Calcutta medical institutions reports 1871-78
Year: 1871
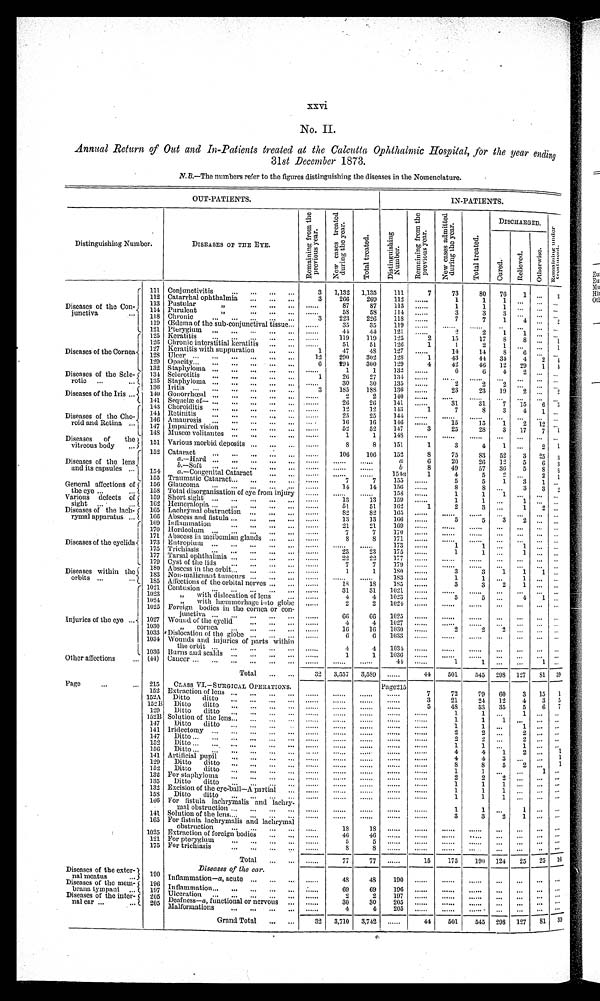
xxvi
No. II.
Annual Return of Out and In-Patients treated at the Calcutta Ophthalmic Hospital, for the year ending
31st
December 1873.
N B —The numbers refer to the fi g ures distinguishing the diseases in the Nomenclature.
OUT-PATIENTS.
IN-PATIENTS.
Distinguishing Number.
DISEASES OF THE EYE.
R e m a i n i n g f r o m t h e p r e v i o u s y e a r .
N e w c a s e s t r e a t e d d u r i n g t h e y e a r .
T o t a l t r e a t e d
D i s t i n g u i s h i n g N u m b e r .
R e m a i n i n g f r o m t h e p r e v i o u s Y e a r .
N e w c a s e s a d m i t t e d d u r i n g t h e y e a r .
T o t a l t r e a t e d .
DISCHARGED.
R e m a i n i n g u n d e r t r e a t m e n t .
C u r e d .
R e l i e v e d .
O t h e r w i s e .
Diseases of the Con-
junctiva
111
Conjunctivitis
3
1,132 1,135
111
7
73
80
76
1
. . .
3
112 catarrhal ophthalmia
3
266
269
1 1 2
......
1
1
1
. . .
. . . ...
113 Pustular "
. . . . . .
8 7
87
1 1 3 ......
1
1
1
. . .
. . . ...
114 Purulent "
. . . . . .
58
58
114
......
3
3
3
. . .
. . . ...
118 Chronic
3
223
226
118
......
7
7
1
4 ...
2
119 Œdema of the sub conjunctival tissue
......
35
35
119
. . . . . .
. . . . . .
. . . . . .
. . .
. . . ...
...
121 Pterygium
......
44
44
121
. . . . . .
2
2
1
1 ...
...
Diseases of the Cornea
125 Keratitis
......
119
119
125
2
1 5
1 7
8
8
. . .
1
126 Chronic interstitial keratitis
......
51
51
1 2 6
1
1
2
1 ...
. . .
1
127 Keratitis with suppuration
1
47
48
127
......
1 4
1 4
8
6
. . .
...
128 ulcer
12
290
302
128
1
4 3
4 4
3 4
4
2
4
129 Opacity
6
294
300
129
4
4 2
4 6
1 2
2 9
1
4
132 Staphyloma
......
1
1
132
......
6
6
4
2
. . .
...
Diseases of the Scle-
rotic
134 Sclerotitis
1
26
27
134
. . . . . .
. . . . . .
. . . . . .
. . .
. . .
. . .
...
135 Staphyloma
......
30
30
135
......
2
2
2
. . . .
. . .
...
Diseases of the Iris
136
I r i t i s
3
185
1 8 8
1 3 6
......
23
23
19
2 ...
2
140 Gohorrhœal
......
2
2
1 4 0
. . . . . .
. . . . . .
. . . . . .
. . .
. . .
. . .
. . .
141 Sequelæ of— ......
26
26
141
......
31
31
7
15
6 3
Diseases of the Cho-
roid and Retina
143 Choroiditis
......
12
12
1 4 3
1
7
8
3
4
1 ...
144 Retinitis
......
25
25
144
. . . . . .
. . . . . .
. . . . . .
. . .
. . .
. . . ...
146 Amaurosis
. . . . . .
16
16
146
......
15
15
1
2
12 ...
147 Impaired vision
......
52
52
147
3
25
28
3
17
7 1
148 Muscœ volitantes
......
1
1
148
. . . . . .
. . . . . .
. . . . . . ...
. . .
... ...
Diseases
of
the
vitreous body
151 Various morbid deposits
......
8
8
151
1
3
4
1
...
2
1
152 Cataract
......
106
106
152
8
75
83
52
3
25
3
Diseases of the lens
and its capsules
a.—Hard
. . . . . .
. . . . . .
. . . . . .
a
6
20
26
12
5
6
3
b.—Soft
. . . . . .
. . . . . .
. . . . . .
b
8
4 9
5 7
3 6
5
8 8
154
a.—Congenital Cataract
. . . . . .
. . . . . .
. . . . . .
1 5 4 a
1
4
5
2 ...
2 1
155 Traumatic Cataract
......
7
7
155
......
5
5
1
3
1 ...
General affections of
the eye
156 Glaucoma
......
14
14
156
......
8
8
. . .
3
3 2
158 Total disorganisation of eye from injury
. . . . . .
. . . . . .
. . . . . .
158 ......
1
1
1 ...
... ...
Various defects of
sight
159 Short sight
......
13
13
159
. . . . . .
1
1
. . .
1
. . .
...
162
H e m e r a l o p i a ......
51
51
162
1
2
3
. . .
1
2 ...
Diseases of the lach-
rymal apparatus
165 Lachrymal obstruction.
. . . . . .
8 2
8 2
1 6 5
. . . . . .
. . . . . .
. . . . . .
. . .
. . .
. . .
. . .
166 Abscess and fistula
......
13
13
166
......
5
5
3
2
. . .
...
Diseases of the eyelids
169 Inflammation
......
21
2 1
169
. . . . . .
. . . . . .
. . . . . .
. . .
...
. . .
...
170 Hordeolum
......
7 7
170
. . . . . .
. . . . . .
. . . . . .
. . .
. . .
. . .
...
171 Abscess in meibomian glands
......
8 8
171
. . . . . .
. . . . . .
. . . . . .
. . .
. . .
. . .
...
173 Entropium
. . . . . .
. . . . . .
. . . . . .
173
......
1
1
. . .
1
. . .
...
175 Trichiasis
......
23
23
175
......
1
1
. . .
1
. . .
...
177 Tarsal ophthalmia
......
22
22
177
. . . . . .
. . . . . .
. . . . . .
. . .
. . .
. . .
...
179 Cyst of the lids
......
7
7
179
. . . . . .
. . . . . .
. . . . . .
. . .
. . .
. . .
...
Diseases within the
orbits
180 Abscess in the orbit
. . . . . .
1
1
180
......
3
3 1
1
1
. . .
183 Non-malignant tumours
. . . . . .
. . . . . .
. . . . . .
183 ......
1
1
. . .
1
...
...
185 Affections of the orbital nerves
......
18
18
185
. . . . . .
3 3
2
1
. . .
...
Injuries of the eye
1021 Contusion
......
31
31
1021
. . . . . .
. . . . . .
. . . . . .
. . .
...
. . .
. . .
1023
"
with dislocation of lens
......
4 4
1023
. . . . . .
5 5
. . .
4
1
...
1024
„
with
h æ m m o r h a g e i n t o g l o b e
......
2 2
1 0 2 4
. . . . . .
. . . . . .
. . . . . .
. . .
. . .
. . .
. . .
1025
F o r e i g n b o d i e s i n t h e c o r n e a o r c o n -
j u n c t i v a
.
......
6 6
66
1025
. . . . . .
. . . . . .
. . . . . .
. . .
. . .
. . .
...
1027 Wound of the eyelid
......
4 4
1027
. . . . . .
. . . . . ..
. . . . .
. . .
. . .
. . .
. . .
1030
„
cornea
......
1 6
16
1030
. . . . . .
2
2
2
. . .
. . .
...
1033 Dislocation of the globe
......
6 6
1033
. . . . . .
. . . . . .
. . . . . .
. . .
. . .
. . .
...
1034 Wounds and injuries of parts within
the orbit
. . . . . .
4 4
1034
. . . . . .
. . . . . .
. . . . . .
. . .
. . .
. . .
...
1036 Burns and scalds
......
1 1
1036
. . . . . .
. . . . . .
. . . . . .
. . .
. . .
. . .
...
Other affections
(44) Cancer
. . . . . .
. . . . . .
. . . . . .
44
. . . . . .
1 1
...
. . .
1 ...
Total
32
3,557
3,589
......
44
501
545
298
127
8 1
39
Page
215
CLASS VI.—SURGICAL OPERATIONS.
Page215
152 Extraction of lens
. . . . . .
. . . . . .
. . . . . .
......
7 72
7 9
6 0
3
15
1
152A
Ditto
ditto
. . . . . .
. . . . . .
. . . . . .
. . . . . .
3
2 1
2 4
12
4
3
5
152B
Ditto
ditto
. . . . . .
. . . . . .
. . . . . .
. . . . . .
5 48
5 3
35
5
6
7
129
Ditto
ditto
. . . . . .
. . . . . .
. . . . . .
. . . . . .
. . . . . .
1 1
...
1
...
...
152B Solution of the lens
. . . . . .
. . . . . .
. . . . . .
. . . . . .
. . . . . .
1
1
1
. . .
...
...
147
Ditto
ditto
. . . . . .
. . . . . .
. . . . . .
. . . . . .
. . . . .
1 1
...
1 ... ...
141 Iridectomy
. . . . . .
. . . . . .
. . . . . .
. . . . . .
. . . . . .
2 2
. . .
2 ...
...
147
Ditto
. . . . . .
. . . . . .
. . . . . .
. . . . . .
. . . . . .
2 2
. . .
2 ...
...
152
Ditto
. . . . . .
. . . . . .
. . . . . .
. . . . .
. . . . . .
1 1
. . .
1 ...
. . .
156
Ditto
. . . . . .
. . . . . .
. . . . . .
. . . . .
. . . . . .
4 4
1
2
. . .
1
141 Artificial pupil
. . . . . .
. . . . . .
. . . . . .
. . . . . .
. . . . . .
4 4
3
...
...
1
129
Ditto ditto
. . . . . .
. . . . . .
. . . . . .
. . . . . .
. . . . . .
8
8
5 2
...
1
152
Ditto
ditto
......
. . . . . .
. . . . . .
. . . . . .
. . . . . .
1 1
. . .
...
1
...
132 For staphyloma ......
. . . . . .
. . . . . .
. . . . . .
. . . . . .
2 2
2
...
...
...
135
Ditto ditto
......
. . . . . .
. . . . . .
. . . . . .
. . . . . .
1
1 1
...
...
...
132 Excision of the eye-ball--A partial
. . . . . .
. . . . . .
. . . . . .
. . . . . .
. . . . . .
1 1
1
...
...
...
158
Ditto ditto
......
. . . . . .
. . . . . .
. . . . . .
. . . . . .
1
1
1 ...
...
...
166 For fistula lachrymnlis and lachry-
mal obstruction
......
. . . . . .
. . . . . .
. . . . . .
. . . . . .
1
1
. . .
1
...
...
141 Solution of the lens
......
. . . . . .
. . . . . .
. . . . . .
. . . . . .
3 3
2 1
...
...
165 For fistula lachrymalis and lachrymal
obstruction
. . . . . .
1 8
18
. . . . . .
. . . . . .
. . . . . .
. . . . . .
. . .
...
...
. . .
1025 Extraction of foreign bodies
. . . . . .
4 6 46
. . . . . .
. . . . . .
. . . . . .
. . . . . .
...
...
...
...
121 For pterygium
. . . . . .
5 5
. . . . . .
. . . . . .
. . . . . .
. . . . . .
. . .
...
...
...
175 For trichiasis
. . . . . .
8 8
. . . . . .
. . . . . .
. . . . . .
. . . . . .
. . . . . .
...
...
...
Total
. . . . . .
7 7
77
. . . . . .
1 5
1 7 5
1 9 0
124
25 25 16
Diseases of the ear
.
Diseases of the exter-
nal meatus
190 Inflammation—a, acute
. . . . . .
4 8 48
1 9 0
. . . . . .
. . . . . .
. . . . . .
. . .
...
...
...
Diseases of the mem-
brana tympani
196
Inflammation
. . . . . .
6 9 69
1 9 6
. . . . . .
. . . . . .
. . . . . .
. . .
...
...
...
197 Ulceration
. . . . . .
2
2
1 9 7
. . . . . .
. . . . . .
. . . . . .
. . .
...
...
...
Diseases of the inter-
nal ear
205 Deafness—a, functional or nervous
. . . . . .
3 0 30
2 0 5
. . . . . .
. . . . . .
. . . . . .
. . .
...
...
...
205 Malformations
. . . . . .
4 4
2 0 5
. . . . . .
. . . . . .
. . . . . .
. . .
...
...
. . .
Grand Total
32
3 , 7 1 0
3 , 7 4 2
. . . . . .
4 4
5 0 1
5 4 5
2 9 8
127
81
39